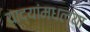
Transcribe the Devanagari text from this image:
याद्यांमधल्या